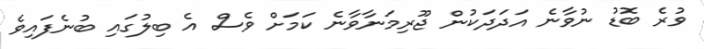
ވުރެ ބޮޑު ނުވާނެ އަދަދަކުން ޖޫރިމަނާވާނެ ކަމަށް ވެސް އެ ބިލުގައި ބުނެފައިވެ